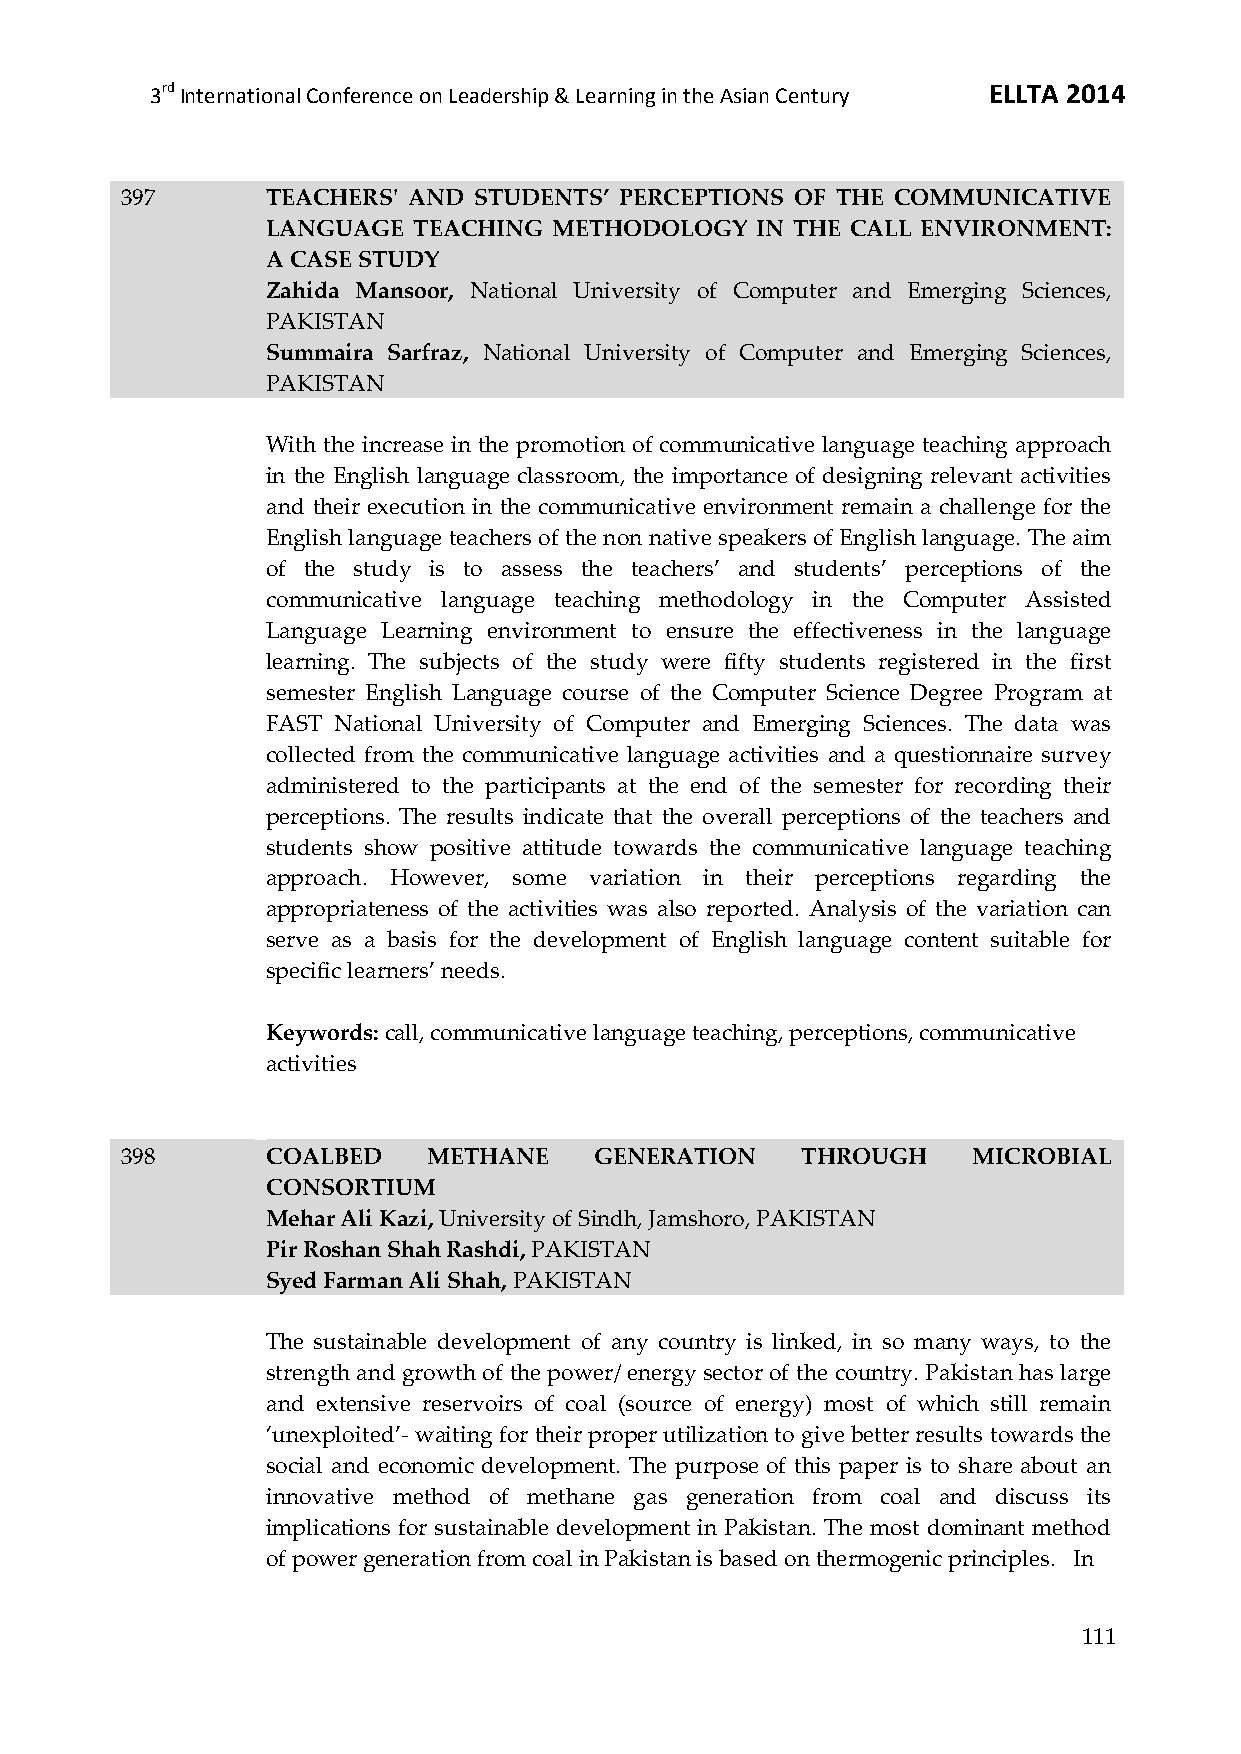
3rd International Conference on Leadership & Learning in the Asian Century ELLTA 2014
 397       TEACHERS' AND STUDENTS’ PERCEPTIONS OF THE COMMUNICATIVE
 LANGUAGE TEACHING  METHODOLOGY  IN THE CALL ENVIRONMENT:
 A CASE STUDY
 Zahida Mansoor, National University of Computer and Emerging Sciences,
 PAKISTAN
 Summaira Sarfraz, National University of Computer and Emerging Sciences,
 PAKISTAN
 With the increase in the promotion of communicative language teaching approach
 in the English language classroom, the importance of designing relevant activities
 and their execution in the communicative environment remain a challenge for the
 English language teachers of the non native speakers of English language. The aim
 of the study is to assess the teachers’ and students’ perceptions of the
 communicative language teaching methodology in the Computer Assisted
 Language Learning environment to ensure the effectiveness in the language
 learning. The subjects of the study were fifty students registered in the first
 semester English Language course of the Computer Science Degree Program at
 FAST National University of Computer and Emerging Sciences. The data was
 collected from the communicative language activities and a questionnaire survey
 administered to the participants at the end of the semester for recording their
 perceptions. The results indicate that the overall perceptions of the teachers and
 students show positive attitude towards the communicative language teaching
 approach. However, some variation in their perceptions regarding the
 appropriateness of the activities was also reported. Analysis of the variation can
 serve as a basis for the development of English language content suitable for
 specific learners’ needs.
 Keywords: call, communicative language teaching, perceptions, communicative
 activities
 398       COALBED   METHANE    GENERATION    THROUGH    MICROBIAL
 CONSORTIUM
 Mehar Ali Kazi, University of Sindh, Jamshoro, PAKISTAN
 Pir Roshan Shah Rashdi, PAKISTAN
 Syed Farman Ali Shah, PAKISTAN
 The sustainable development of any country is linked, in so many ways, to the
 strength and growth of the power/ energy sector of the country. Pakistan has large
 and extensive reservoirs of coal (source of energy) most of which still remain
 ‘unexploited’- waiting for their proper utilization to give better results towards the
 social and economic development. The purpose of this paper is to share about an
 innovative method of methane gas generation from coal and discuss its
 implications for sustainable development in Pakistan. The most dominant method
 of power generation from coal in Pakistan is based on thermogenic principles. In
 111